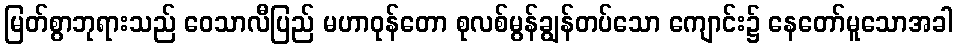
မြတ်စွာဘုရားသည် ဝေသာလီပြည် မဟာဝုန်တော စုလစ်မွန်ချွန်တပ်သော ကျောင်း၌ နေတော်မူသောအခါ